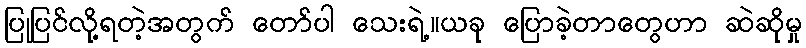
ပြုပြင်လို့ရတဲ့အတွက် တော်ပါ သေးရဲ့။ယခု ပြောခဲ့တာတွေဟာ ဆဲဆိုမှု